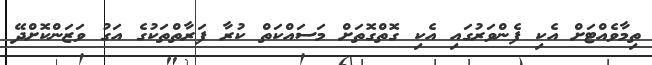
ތިމާވެއްޓަށް އެކި ފެންވަރުގައި އެކި ގޮތްގޮތަށް މަސައްކަތް ކުރާ ފަރާތްތަކުގެ އަގު ވަޒަންކޮށްދޭ